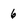
Character: 6